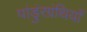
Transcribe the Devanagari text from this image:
पांडुंरग्रंथियाँ